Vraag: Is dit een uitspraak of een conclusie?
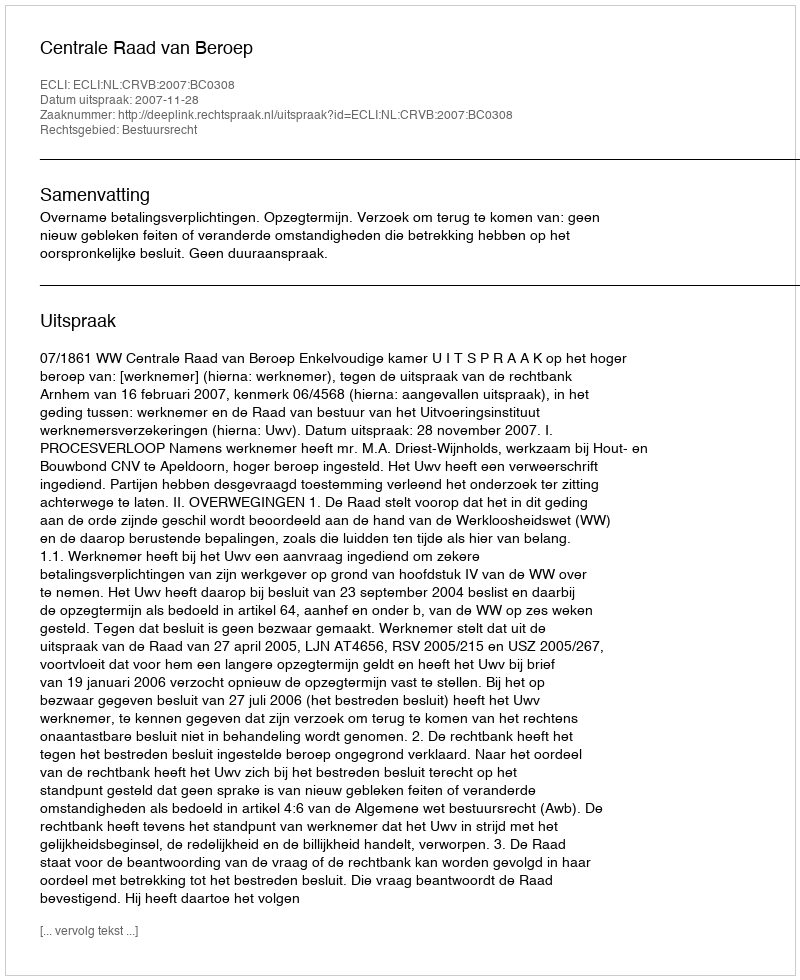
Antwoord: Uitspraak